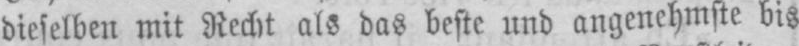
dieselben mit Recht als das beste und angenehmste bis